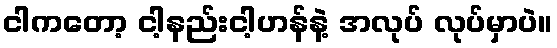
ငါကတော့ ငါ့နည်းငါ့ဟန်နဲ့ အလုပ် လုပ်မှာပဲ။